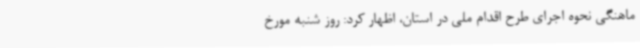
ماهنگی نحوه اجرای طرح اقدام ملی در استان، اظهار کرد: روز شنبه مورخ